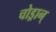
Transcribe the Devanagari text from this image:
चोड्रान्‌